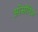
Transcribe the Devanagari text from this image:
ओसोरिज़